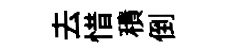
去惜積倒